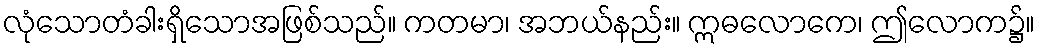
လုံသောတံခါးရှိသောအဖြစ်သည်။ ကတမာ၊ အဘယ်နည်း။ ဣဓလောကေ၊ ဤလောက၌။